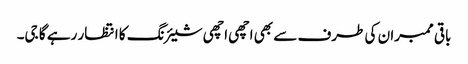
باقی ممبران کی طرف سے بھی اچھی اچھی شیئرنگ کا انتظار رہے گا جی۔